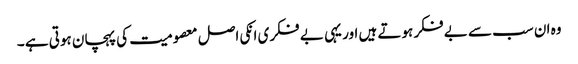
وہ ان سب سے بے فکر ہوتے ہیں اور یہی بے فکری انکی اصل معصومیت کی پہچان ہوتی ہے ۔